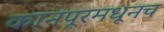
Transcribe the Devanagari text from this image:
कानपूरमधूनच